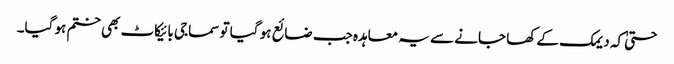
حتیٰ کہ دیمک کے کھا جانے سے یہ معاہدہ جب ضائع ہو گیا تو سماجی بائیکاٹ بھی ختم ہو گیا۔